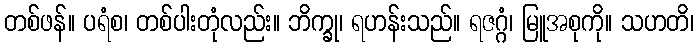
တစ်ဖန်။ ပရံစ၊ တစ်ပါးတုံလည်း။ ဘိက္ခု၊ ရဟန်းသည်။ ရဇဂ္ဂံ၊ မြူအစုကို။ သဟတိ၊